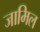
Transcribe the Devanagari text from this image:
जामिल